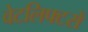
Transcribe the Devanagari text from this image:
वेटलिफ्टरों